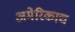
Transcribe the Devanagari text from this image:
अमेरिकाच